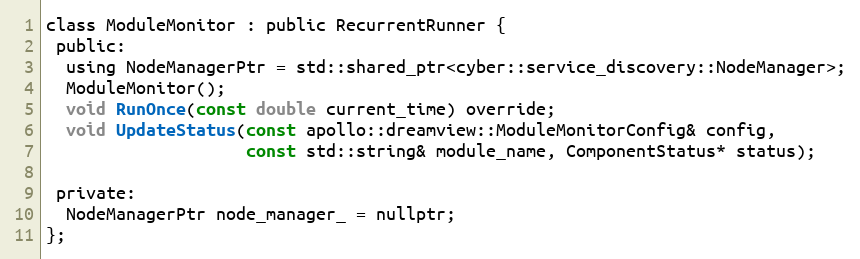
Language: C
class ModuleMonitor : public RecurrentRunner {
 public:
  using NodeManagerPtr = std::shared_ptr<cyber::service_discovery::NodeManager>;
  ModuleMonitor();
  void RunOnce(const double current_time) override;
  void UpdateStatus(const apollo::dreamview::ModuleMonitorConfig& config,
                    const std::string& module_name, ComponentStatus* status);

 private:
  NodeManagerPtr node_manager_ = nullptr;
};